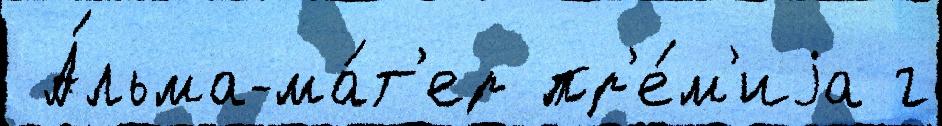
 А́льма-ма́т'ер пр'е́м'иjа г